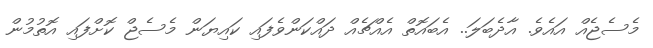
މެސެޖެއް އައެވެ. އާދެބަލަ.. އެބައޮތް އެއްޗެއް ދައްކަންވެފައި ކައިޔަން މެސެޖް ކޮށްފައި އޮތުމުން